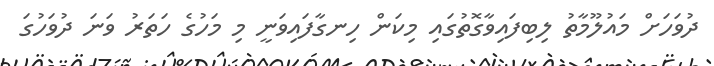
ދުވަހަށް މައުލޫމާތު ލިބިފައިވާގޮތުގައި މިކަން ހިނގާފައިވަނީ މި މަހުގެ ހަތަރު ވަނަ ދުވަހުގަ